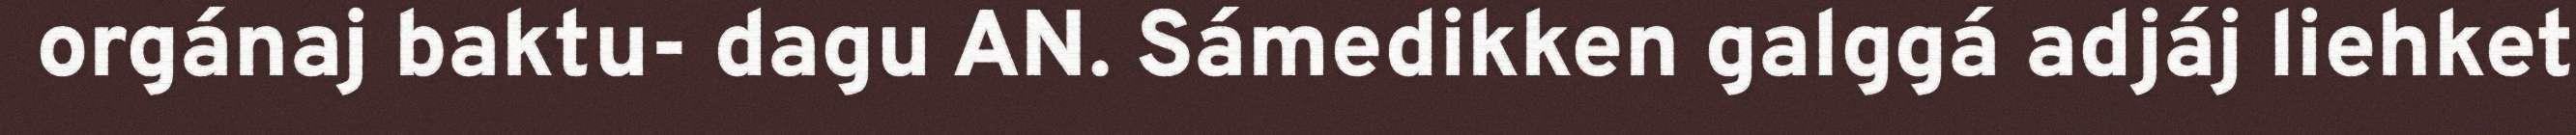
orgánaj baktu- dagu AN. Sámedikken galggá adjáj liehket